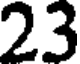
23